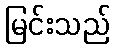
မြင်းသည်